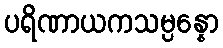
ပရိဏာယကသမ္ပန္နော